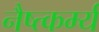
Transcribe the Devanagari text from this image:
नैष्त्कर्म्य